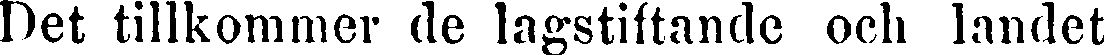
Det tillkommer de lagstiftande och landet